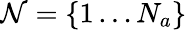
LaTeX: \mathcal{N}=\{ 1\ldots N_{a}\}